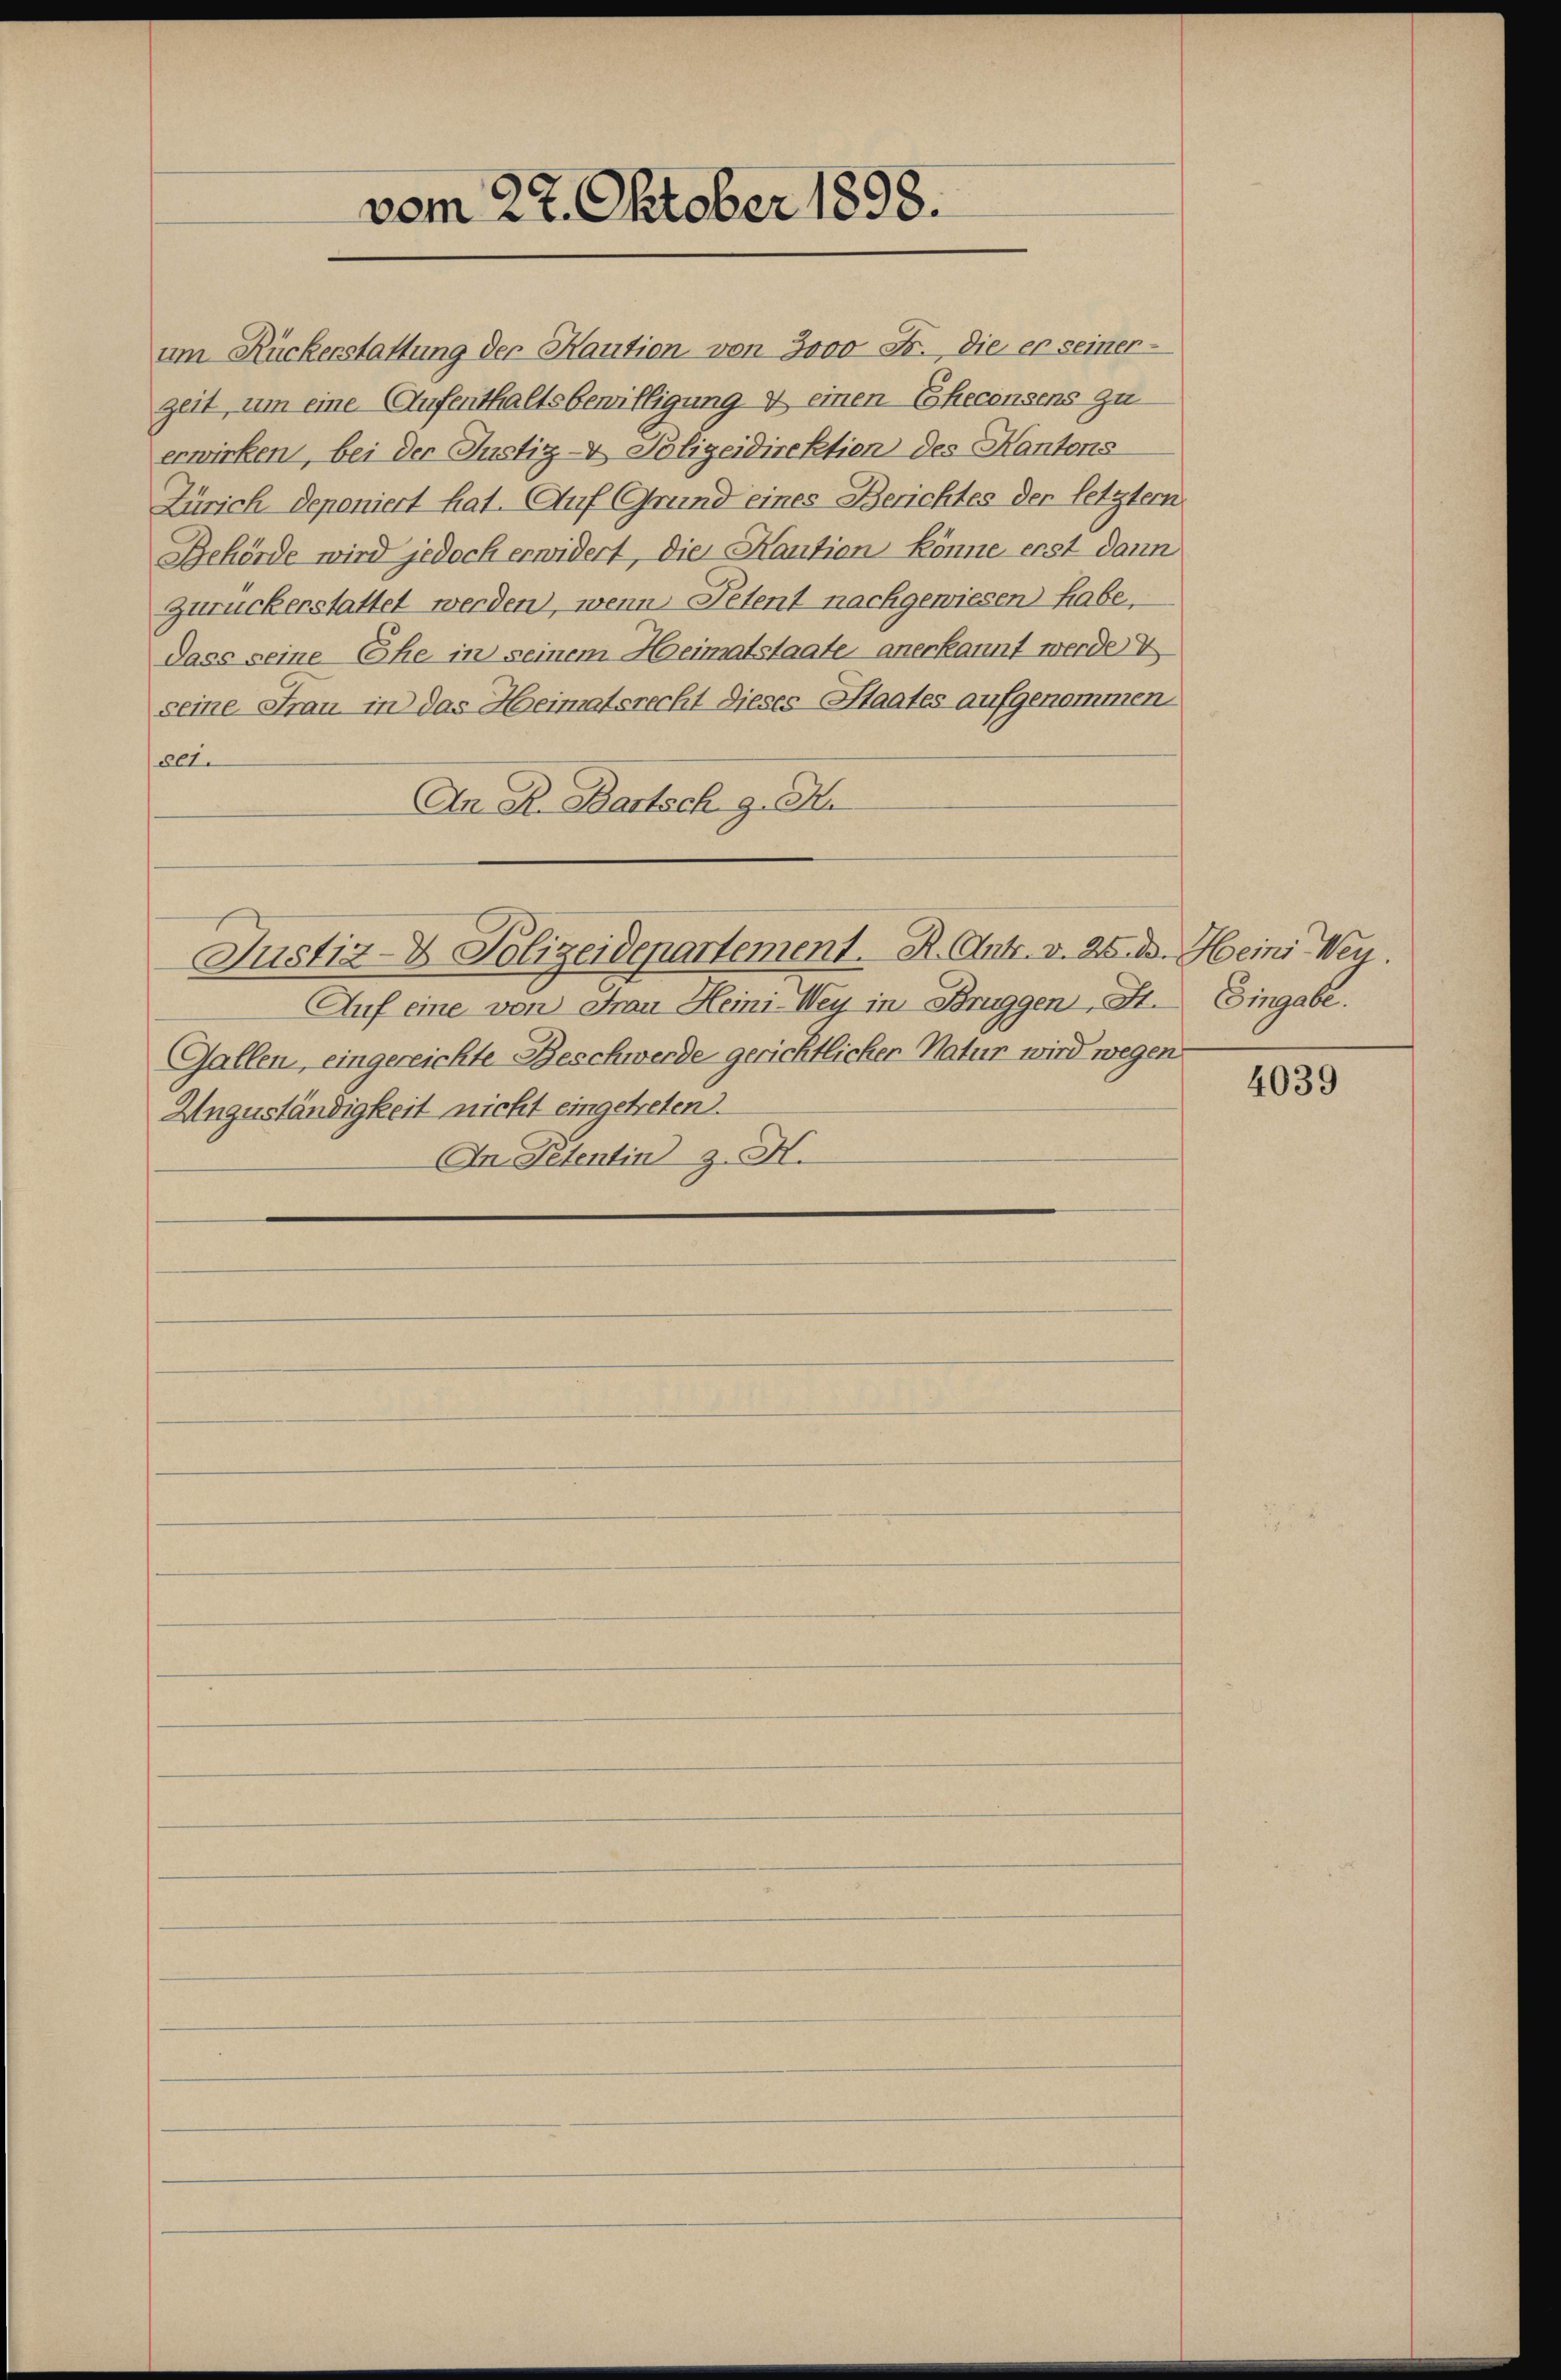
vom 22. Oktober 1898.

um Rückerstattung der Kaution von 3000 Fr. die er seiner-
zeit um eine Aufenthaltsbewilligung & einen Ehecensens zu
erwirken, bei der Justiz- & Polizeidirektion des Kantons
Zürich deponiert hat. Auf Grund eines Berichtes der letztem
Behörde wird jedoch erwidert, die Kaution könne erst dann
Zuruckerstattet werden, wenn Petent nachgewiesen) habe,
dass seine Ehe in seinem Heimatstaate anerkannt werde V
seine Frau in das Heimatsrecht dieses Staates aufgenommen
eet.
An A. Bartsch g. Nu
Justiz- & Polizeidepartement. R. Ant. v. 25. d. Heins Wey.
Auf eine von Frau Heini-Wey in Bruggen, St. Eingabe.
Gallen, eingereichte Beschwerde gerichtlicher Natur wird wegen
Unzuständigkeit nicht eingetreten.
An Petentin z. X.

4039